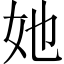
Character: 她